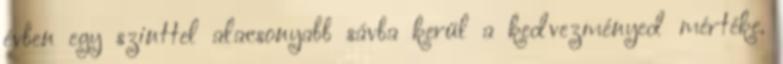
évben egy szinttel alacsonyabb sávba kerül a kedvezményed mértéke.